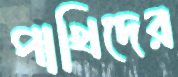
পাখিদের